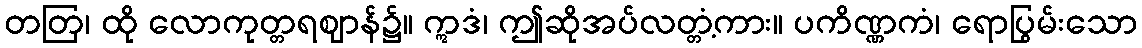
တတြ၊ ထို လောကုတ္တရဈာန်၌။ ဣဒံ၊ ဤဆိုအပ်လတ္တံ့ကား။ ပကိဏ္ဏကံ၊ ရောပြွမ်းသော